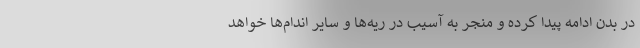
در بدن ادامه پیدا کرده و منجر به آسیب در ریه‌ها و سایر اندام‌ها خواهد